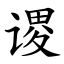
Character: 谡